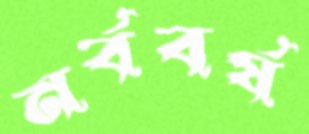
নর্ববর্ষ